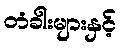
တံခါးများနှင့်